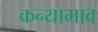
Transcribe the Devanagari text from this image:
कन्याभाव